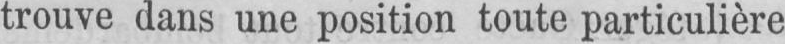
trouve dans une position toute particulière